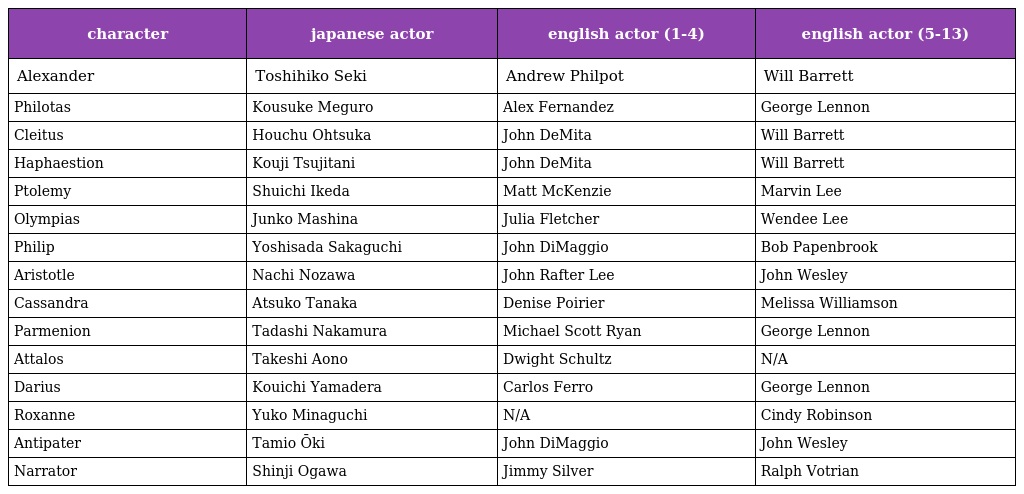
| character | japanese actor | english actor (1-4) | english actor (5-13) |
 | --- | --- | --- | --- |
 | Alexander | Toshihiko Seki | Andrew Philpot | Will Barrett |
 | Philotas | Kousuke Meguro | Alex Fernandez | George Lennon |
 | Cleitus | Houchu Ohtsuka | John DeMita | Will Barrett |
 | Haphaestion | Kouji Tsujitani | John DeMita | Will Barrett |
 | Ptolemy | Shuichi Ikeda | Matt McKenzie | Marvin Lee |
 | Olympias | Junko Mashina | Julia Fletcher | Wendee Lee |
 | Philip | Yoshisada Sakaguchi | John DiMaggio | Bob Papenbrook |
 | Aristotle | Nachi Nozawa | John Rafter Lee | John Wesley |
 | Cassandra | Atsuko Tanaka | Denise Poirier | Melissa Williamson |
 | Parmenion | Tadashi Nakamura | Michael Scott Ryan | George Lennon |
 | Attalos | Takeshi Aono | Dwight Schultz | N/A |
 | Darius | Kouichi Yamadera | Carlos Ferro | George Lennon |
 | Roxanne | Yuko Minaguchi | N/A | Cindy Robinson |
 | Antipater | Tamio Ōki | John DiMaggio | John Wesley |
 | Narrator | Shinji Ogawa | Jimmy Silver | Ralph Votrian |